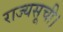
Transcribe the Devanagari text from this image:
राज्यसूची।